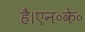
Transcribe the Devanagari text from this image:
है।एन॰के॰